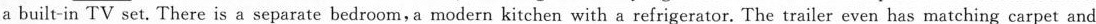
a bathroom and a built-in TV set. There is a separate bedroom,a modern kitchen with a refrigerator. The trailer even has matching carpet and